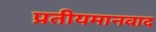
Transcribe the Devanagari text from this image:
प्रतीयमानवाद